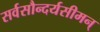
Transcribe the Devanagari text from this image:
सर्वसौन्दर्यसीमन्